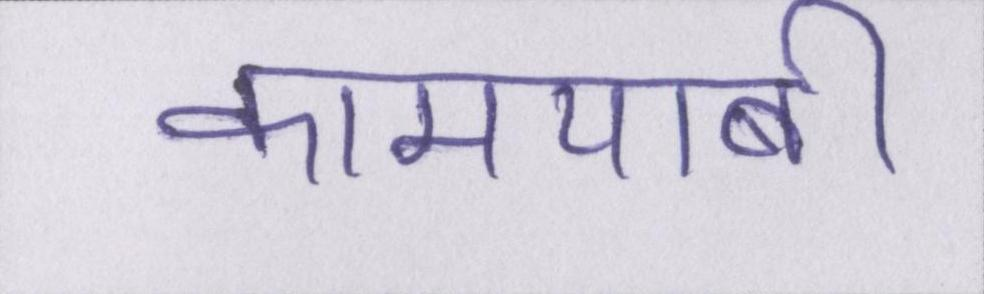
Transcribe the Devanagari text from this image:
कामयाबी